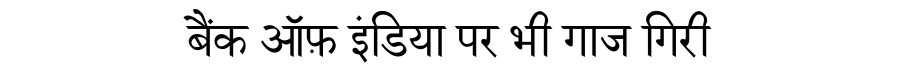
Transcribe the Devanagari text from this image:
बैंक ऑफ़ इंडिया पर भी गाज गिरी